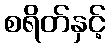
စရိတ်နှင့်